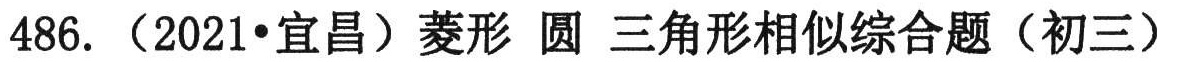
486. （2021•宜昌）菱形 圆 三角形相似综合题（初三）